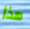
هذا